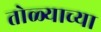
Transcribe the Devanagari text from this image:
तोळ्याच्या